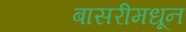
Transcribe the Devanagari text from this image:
बासरीमधून